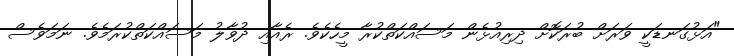
"އަޅުގަނޑަކީ ވަރަށް ބުރަކޮށް ދިރިއުޅެން މަސައްކަތްކުރާ މީހެކެވެ. ރެއާއި ދުވާލު މަސައްކަތްކުރަމެވެ. ނަމަވެސް